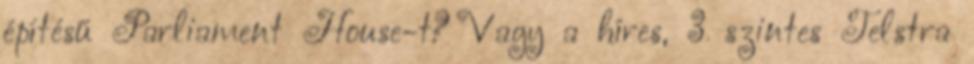
építésű Parliament House-t? Vagy a híres, 3 szintes Telstra